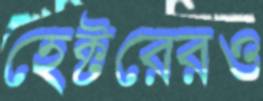
হেক্টরেরও